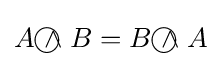
A{~\wedge \!\!\!\!\!\!\!\!\;\bigcirc ~}B=B{~\wedge \!\!\!\!\!\!\!\!\;\bigcirc ~}A